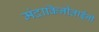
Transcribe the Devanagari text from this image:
मंदाकिनीताईंनी